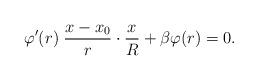
LaTeX: \begin{align*}\varphi'(r)\;\dfrac{x-x_0}{r}\cdot \dfrac{x}{R}+\beta\varphi (r)=0.\end{align*}